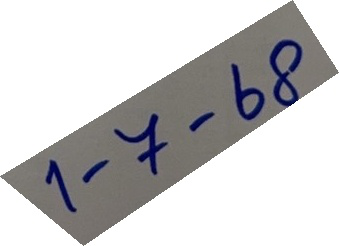
1 - 7 - 68